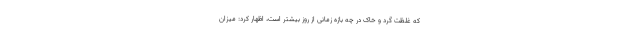
که غلظت گرد و خاک در چه بازه زمانی از روز بیشتر است، اظهار کرد: میزان